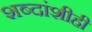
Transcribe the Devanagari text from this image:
शब्दांशीही